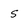
Character: s